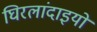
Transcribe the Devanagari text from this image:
घिरलांदाइयो